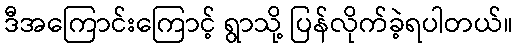
ဒီအကြောင်းကြောင့် ရွာသို့ ပြန်လိုက်ခဲ့ရပါတယ်။